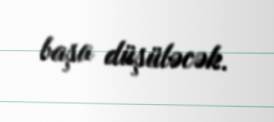
başa düşüləcək.